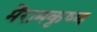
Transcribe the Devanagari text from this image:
मेंरामकृष्ण